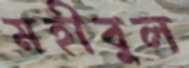
মহীবুল